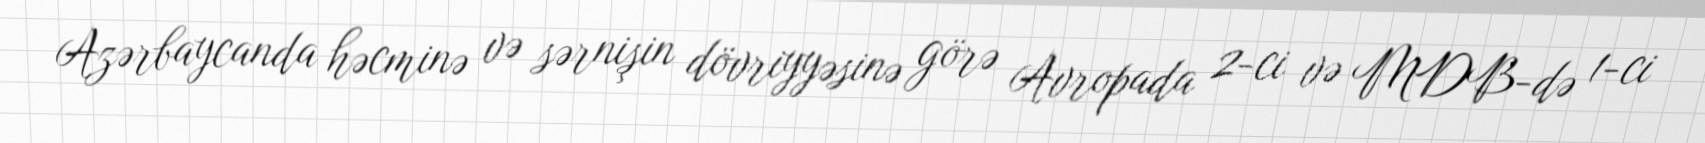
Azərbaycanda həcminə və sərnişin dövriyyəsinə görə Avropada 2-ci və MDB-də 1-ci